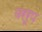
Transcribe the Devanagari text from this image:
वररूप